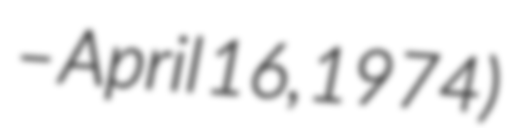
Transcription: – April 16, 1974)